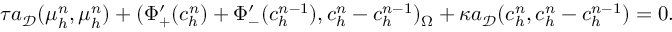
\tau a _ { \mathcal { D } } ( \boldsymbol { \mu } _ { h } ^ { n } , \boldsymbol { \mu } _ { h } ^ { n } ) + ( \Phi _ { + } ^ { \prime } ( c _ { h } ^ { n } ) + \Phi _ { - } ^ { \prime } ( c _ { h } ^ { n - 1 } ) , c _ { h } ^ { n } - c _ { h } ^ { n - 1 } ) _ { \Omega } + \kappa a _ { \mathcal { D } } ( \boldsymbol { c } _ { h } ^ { n } , \boldsymbol { c } _ { h } ^ { n } - \boldsymbol { c } _ { h } ^ { n - 1 } ) = 0 .